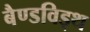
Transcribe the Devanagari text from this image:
बैण्डविड्थ